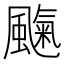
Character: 𩘞